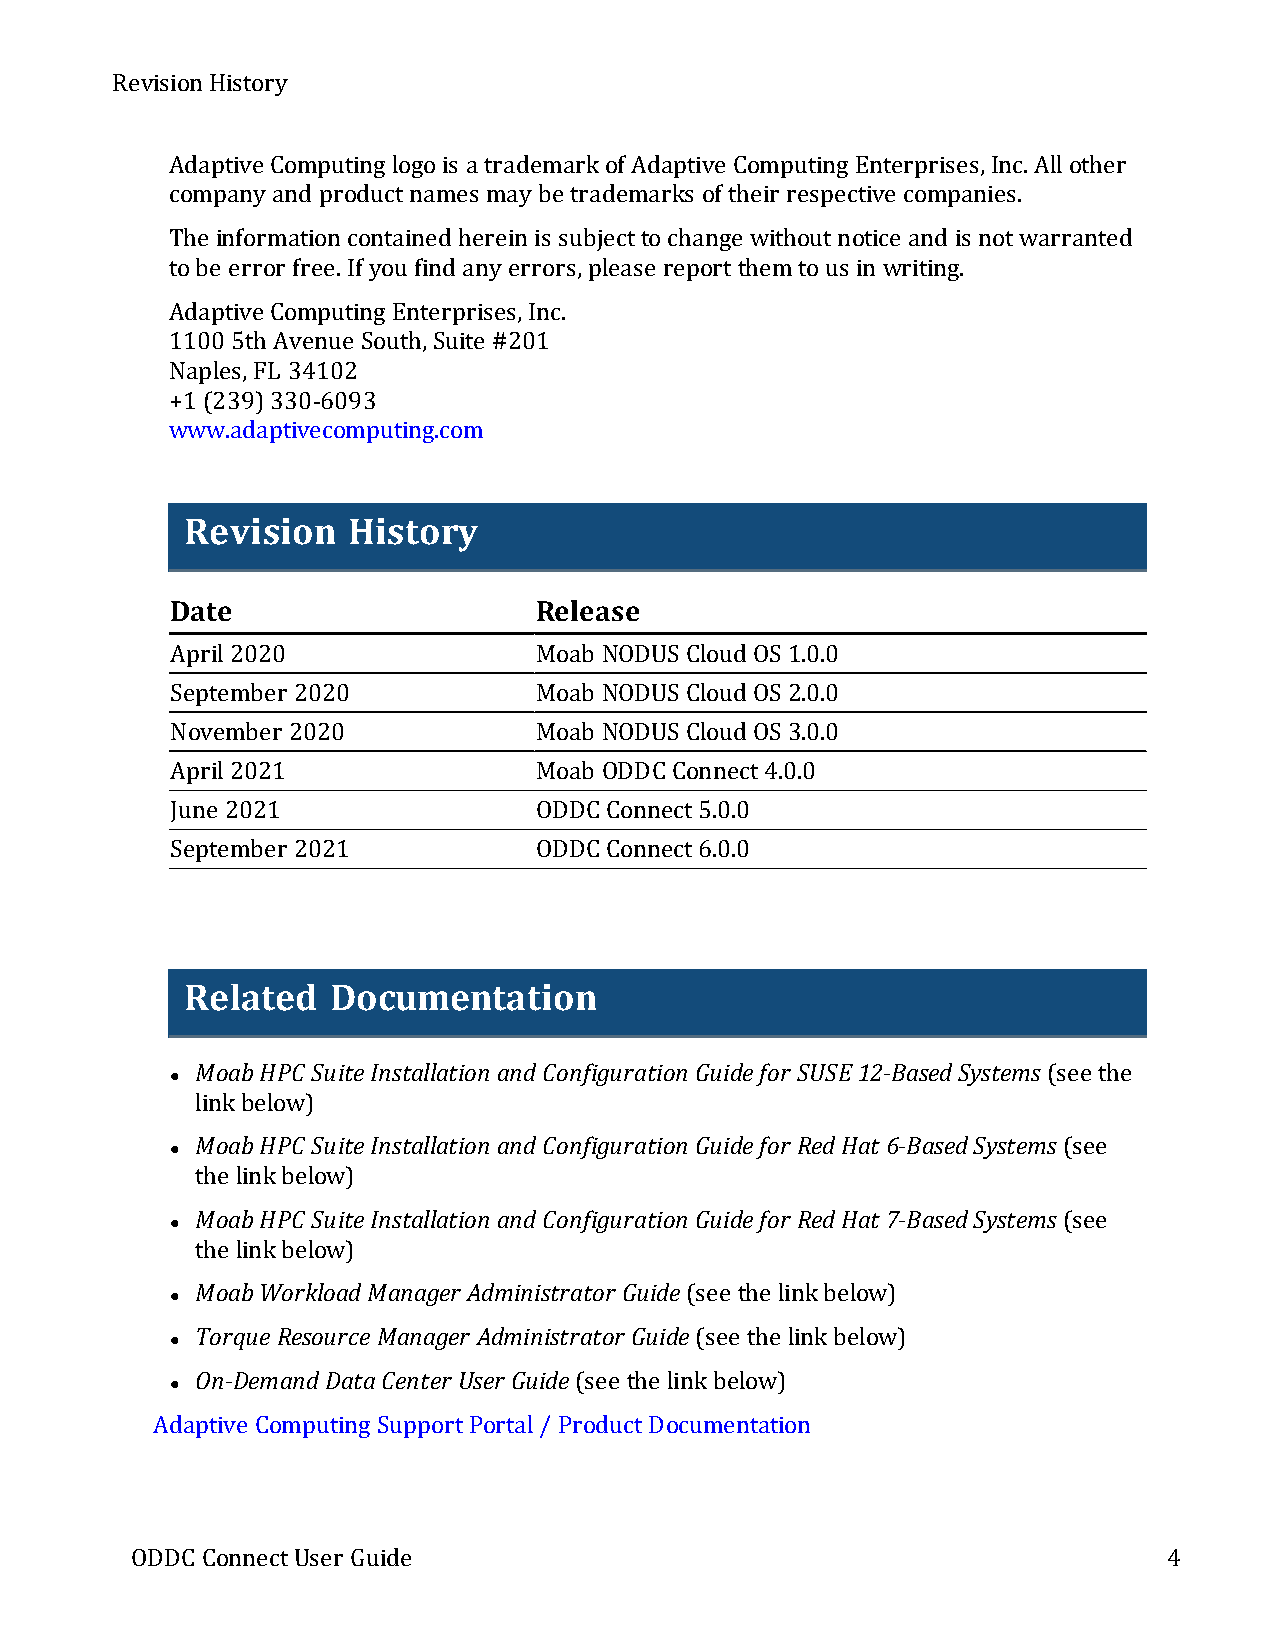
Revision History
 Adaptive Computing logois a trademarkof Adaptive Computing Enterprises,Inc.Allother
 companyand productnames maybe trademarks of their respective companies.
 The information contained herein is subjecttochange withoutnotice and is notwarranted
 tobe error free.If you find anyerrors,please reportthemtous in writing.
 Adaptive Computing Enterprises,Inc.
 1100 5th Avenue South,Suite #201
 Naples,FL 34102
 +1 (239)330-6093
 www.adaptivecomputing.com
 Revision   History
 Date                    Release
 April2020               Moab NODUS Cloud OS 1.0.0
 September 2020          Moab NODUS Cloud OS 2.0.0
 November 2020           Moab NODUS Cloud OS 3.0.0
 April2021               Moab ODDC Connect4.0.0
 June 2021               ODDC Connect5.0.0
 September 2021          ODDC Connect6.0.0
 Related   Documentation
 MoabHPC SuiteInstallation andConfiguration Guidefor SUSE12-BasedSystems(see the
 l
 linkbelow)
 MoabHPC SuiteInstallation andConfiguration Guidefor RedHat 6-BasedSystems(see
 l
 the linkbelow)
 MoabHPC SuiteInstallation andConfiguration Guidefor RedHat 7-BasedSystems(see
 l
 the linkbelow)
 MoabWorkloadManager Administrator Guide(see the linkbelow)
 l
 TorqueResourceManager Administrator Guide(see the linkbelow)
 l
 On-DemandDataCenter User Guide(see the linkbelow)
 l
 Adaptive Computing SupportPortal/ ProductDocumentation
 ODDC ConnectUser Guide                                              4